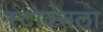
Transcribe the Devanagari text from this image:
स्टोक्सला